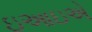
ઇઆઇએ